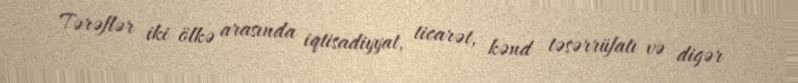
Tərəflər iki ölkə arasında iqtisadiyyat, ticarət, kənd təsərrüfatı və digər